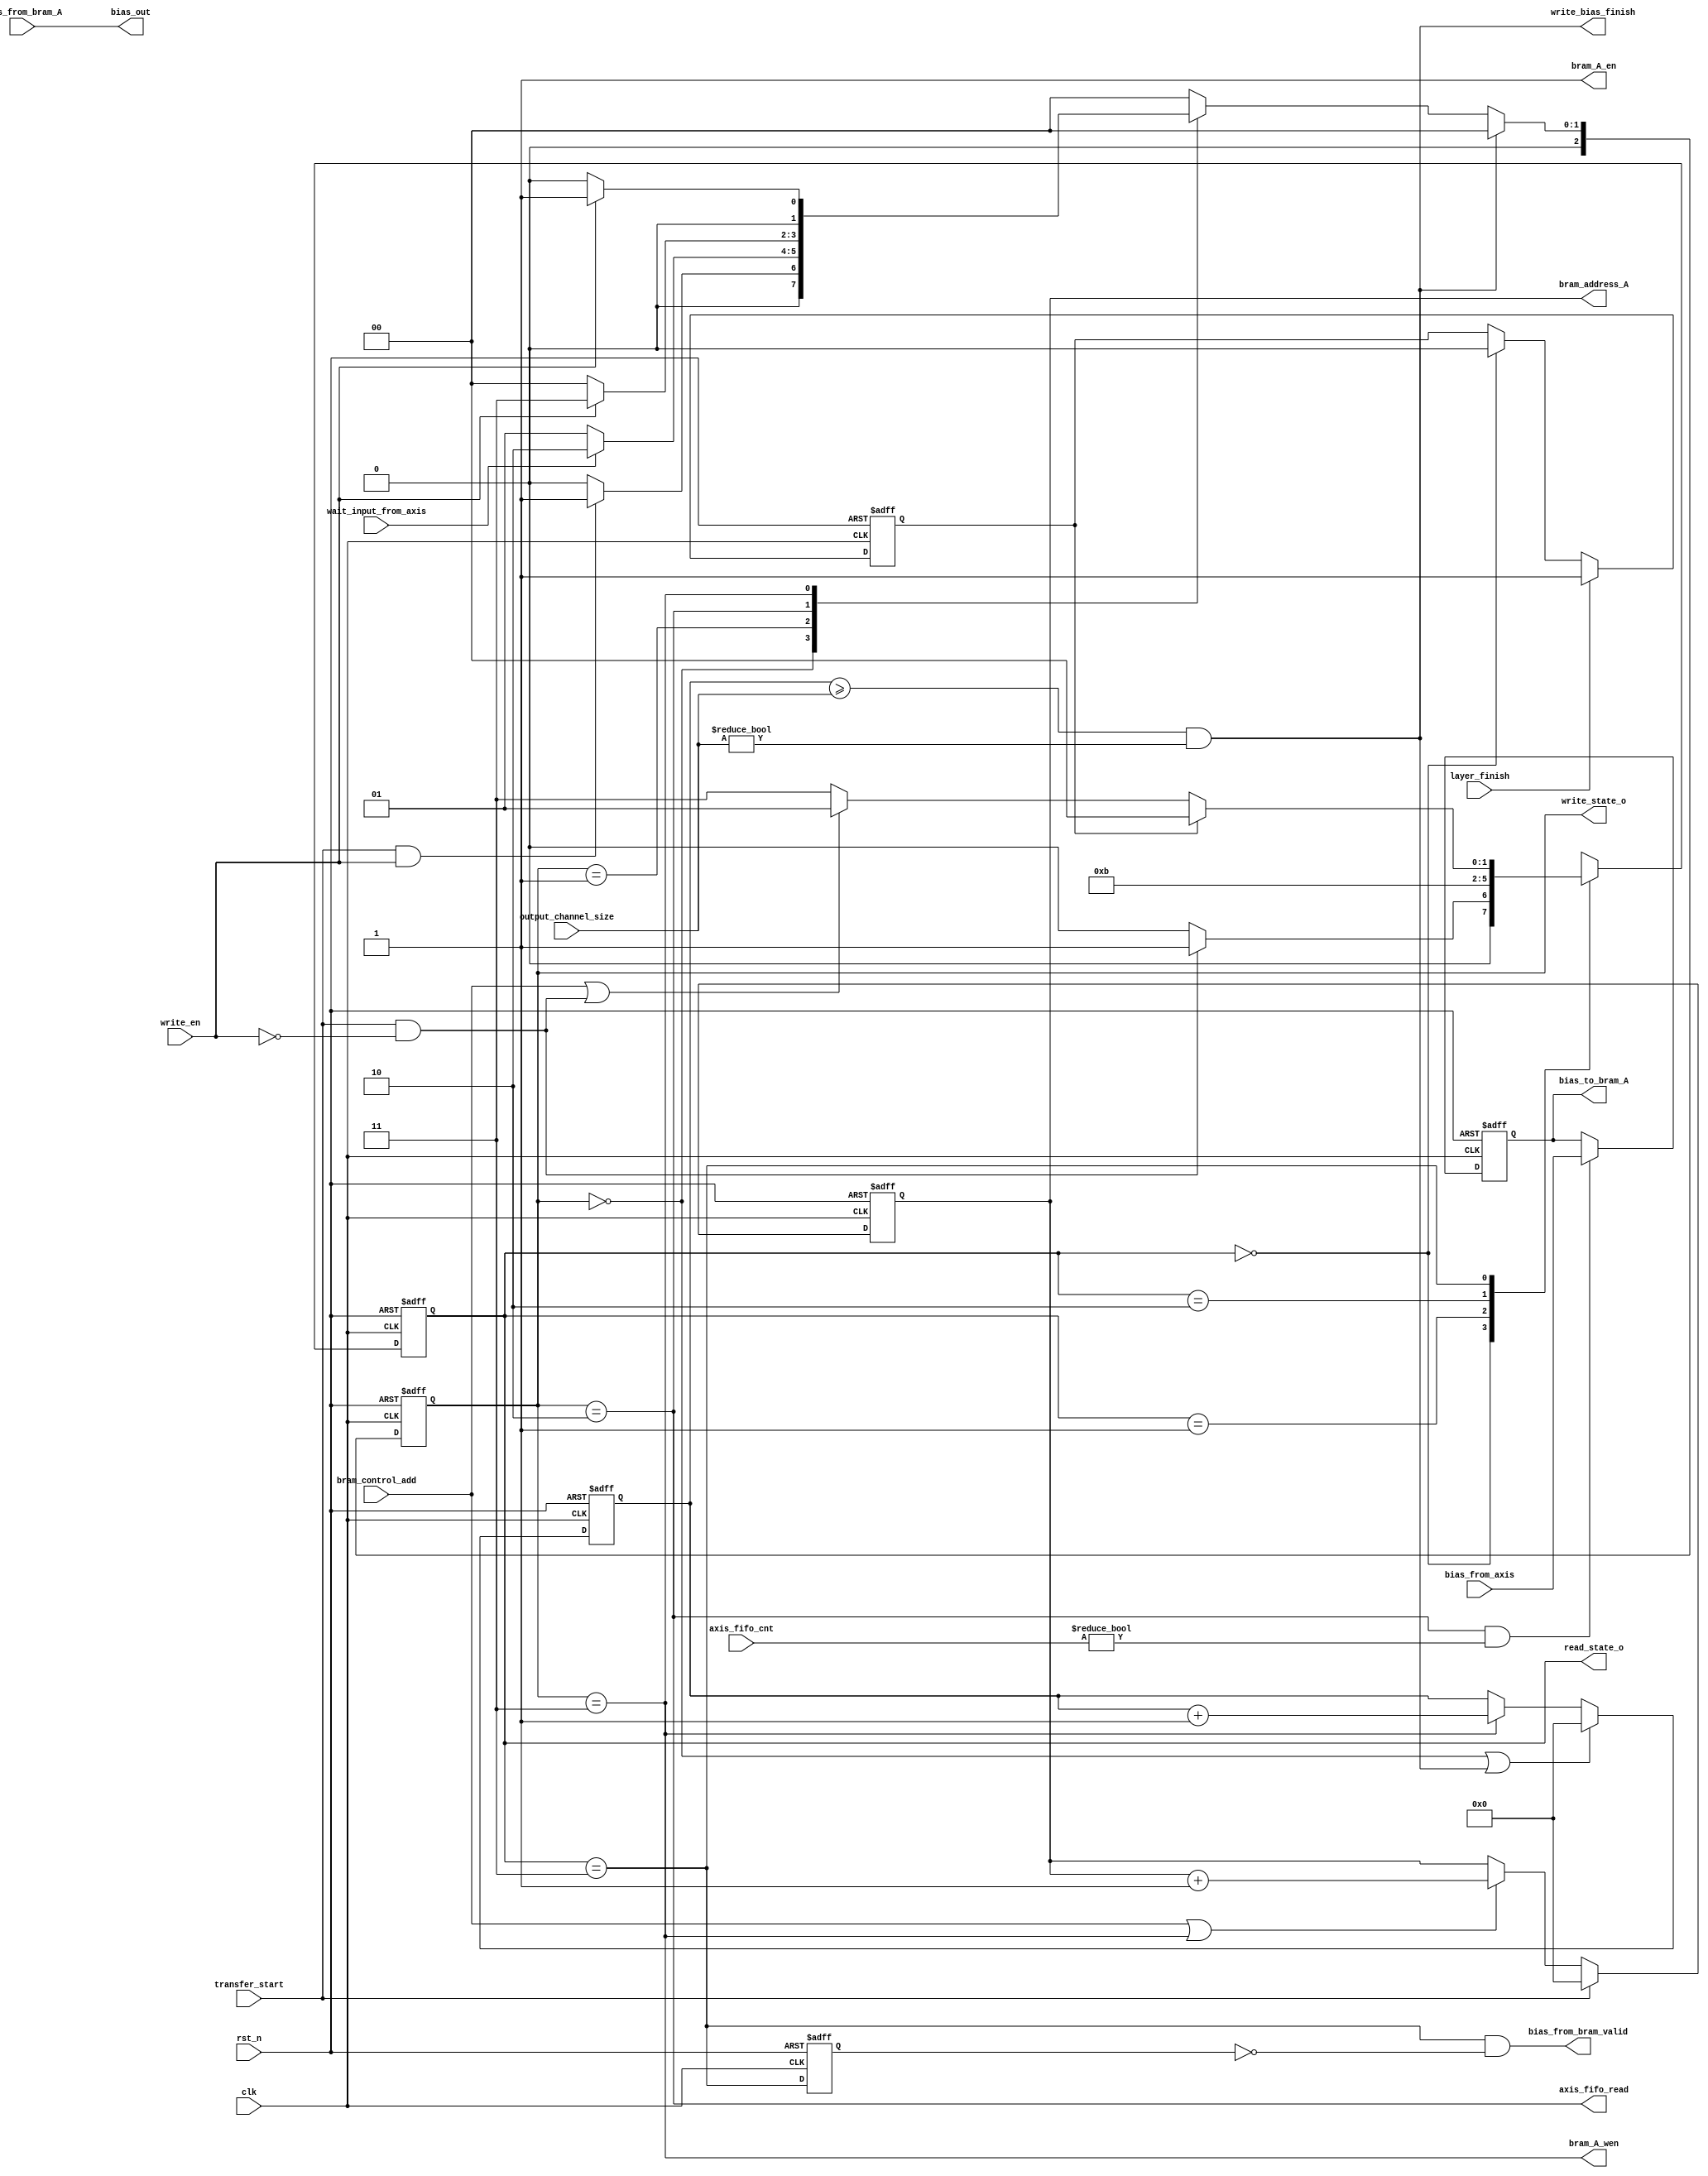
/*
	module  bias_bram_control

	input   bias_from_axisControl Signal

	output  bias_from_BRAM
	
	BRAM_Controler AXIS_preloadAXIS_FIFOBRAMcontrol signalFSM2cycle

*/
`timescale  10ns / 10ns
module bias_bram_control #(
    parameter integer BRAM_DATA_WIDTH = 32,
    parameter integer BRAM_ADDRESS_WIDTH = 9,
    parameter AXIS_FIFO_SIZE  = 16,
    parameter bit_num  = 4
)
(
    //golbal
    input wire clk,
    input wire rst_n,

    //data
    input wire [BRAM_DATA_WIDTH-1:0] bias_from_axis,

    input wire [BRAM_DATA_WIDTH-1:0] bias_from_bram_A,

    output reg [BRAM_DATA_WIDTH-1:0] bias_to_bram_A,//
    
    output reg [BRAM_ADDRESS_WIDTH-1:0] bram_address_A,

    output wire [BRAM_DATA_WIDTH-1:0] bias_out,

    output wire bram_A_en,

    output wire bram_A_wen,
    
    //FSM output
    output wire [1:0] read_state_o,
    output wire [2:0] write_state_o,

    //control in
    input wire [11:0] output_channel_size,
    input wire write_en,
    input wire [bit_num:0] axis_fifo_cnt,
    input wire transfer_start,
    input wire bram_control_add,

    input wire wait_input_from_axis,

    input wire layer_finish,
    //control out
    output wire bias_from_bram_valid,
    output wire axis_fifo_read,
    output wire write_bias_finish

);
    function integer clogb2 (input integer bit_depth);
	  begin
	    for(clogb2=0; bit_depth>0; clogb2=clogb2+1)
	      bit_depth = bit_depth >> 1;
	  end
	endfunction

    localparam RIDLE=2'd0,RS0=2'd1,RS1=2'd2,RVALID=2'd3;
    localparam WIDLE=3'd0,WWAITWEIGHT=3'd1,WS0=3'd2,WVALID1=3'd3;
    
    reg [1:0] read_state;
    reg [2:0] write_state;
    reg [BRAM_ADDRESS_WIDTH-1:0] write_bram_cnt;

    reg layer_finish_buf;

    reg bias_valid_buf;
    wire bias_valid;
    assign bias_from_bram_valid = (bias_valid & (~bias_valid_buf));//bias_validone cycle pulse

    assign read_state_o  = read_state;
    assign write_state_o = write_state;

    assign axis_fifo_read=(write_state==WS0);

    assign bram_A_en=1;

    assign bram_A_wen=(write_state==WVALID1);

    assign bias_valid=(read_state==RVALID);
    assign bias_out = bias_from_bram_A;

    assign write_bias_finish=(((write_bram_cnt)>=output_channel_size) && (output_channel_size != 12'd0));

    always @(posedge clk or negedge rst_n) begin
        if(!rst_n) begin
            bram_address_A<=0;
        end
        else begin
            if(transfer_start ) begin
                bram_address_A<=0;
            end
            else if(bram_control_add || write_state==WVALID1) begin
                bram_address_A<=bram_address_A+1;
            end
        end
    end
    
    //read FSM
    wire read_FSM_start;
    assign read_FSM_start=(transfer_start && (~write_en));
    always @(posedge clk or negedge rst_n) begin
        if(!rst_n) begin
            read_state<=RIDLE;
        end
        else begin
            case (read_state)
                RIDLE:    read_state<=read_FSM_start ? RS0:RIDLE;
                RS0:      read_state<=RS1;
                RS1:      read_state<=RVALID;
                RVALID:   read_state<=(layer_finish_buf) ? RIDLE :
                                      (bram_control_add || read_FSM_start) ? RS0 : RVALID;
                
                default:  read_state<=RIDLE;         
            endcase
        end
    end

    //write FSM
    wire write_FSM_start;
    assign write_FSM_start=(transfer_start && (write_en));
    always @(posedge clk or negedge rst_n) begin
        if(!rst_n) begin
            write_state<=WIDLE;
        end
        else if (write_bias_finish) begin
            write_state <= WIDLE;
        end
        else begin
            case (write_state)
                WIDLE       : write_state <= write_FSM_start ? WWAITWEIGHT :WIDLE;
                WWAITWEIGHT : write_state <= (wait_input_from_axis) ? WS0:WWAITWEIGHT;
                WS0         : write_state <= (!write_en) ? WIDLE:WVALID1;                                   
                WVALID1     : write_state <= (!write_en) ? WIDLE:WWAITWEIGHT;
                default     : write_state <= WIDLE;         
            endcase
        end
    end

    always @(posedge clk or negedge rst_n) begin
        if(!rst_n) begin
            layer_finish_buf <= 1'd0;
        end
        else begin
            layer_finish_buf<= (layer_finish) ? 1'd1 :
                               (read_state == RIDLE) ? 1'd0 : layer_finish_buf;
        end
    end

    always @(posedge clk or negedge rst_n) begin
        if(!rst_n) begin
            bias_to_bram_A<=0;
        end
        else begin
            bias_to_bram_A<=(write_state==WS0 && axis_fifo_cnt!=0) ? bias_from_axis:bias_to_bram_A;
        end
    end

    always @(posedge clk or negedge rst_n) begin
        if(!rst_n) begin
            write_bram_cnt<=0;
        end
        else begin
            write_bram_cnt <= (write_state==WIDLE || write_bias_finish)   ? 0:
                              (write_state==WVALID1) ? write_bram_cnt+1:write_bram_cnt;
        end
        
    end

    always @(posedge clk or negedge rst_n) begin
        if(!rst_n) begin
            bias_valid_buf <= 1'd0;
        end
        else begin
            bias_valid_buf <= bias_valid;
        end
        
    end

endmodule